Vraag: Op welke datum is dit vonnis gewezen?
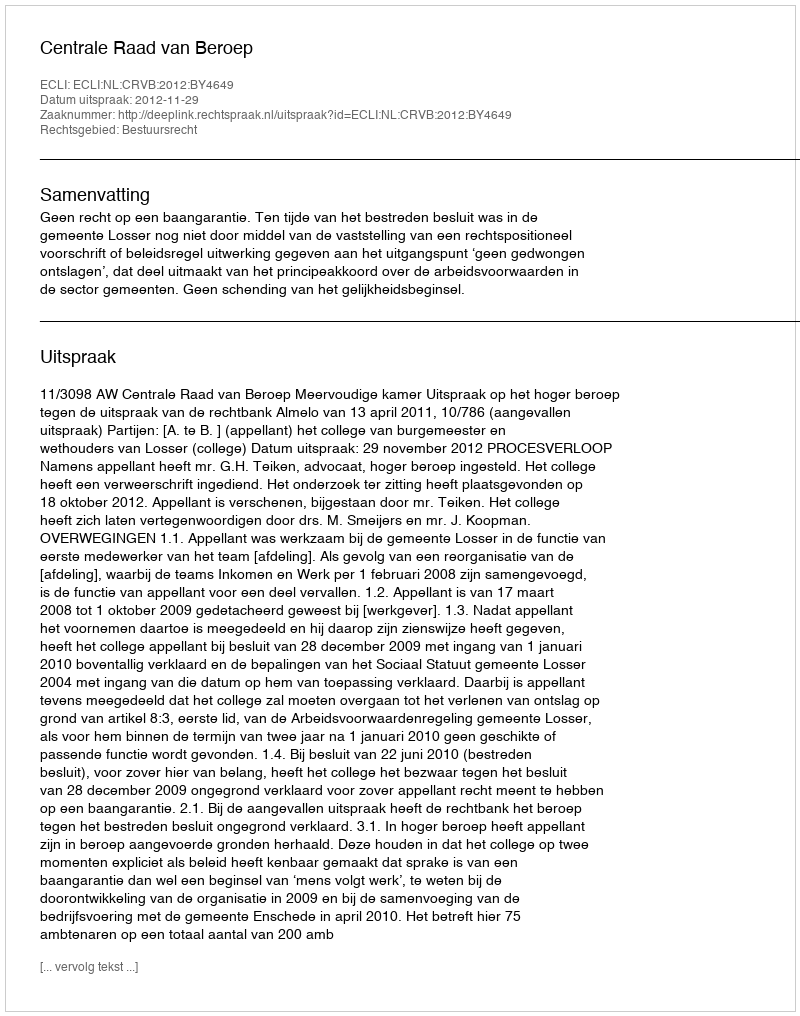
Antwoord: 2012-11-29